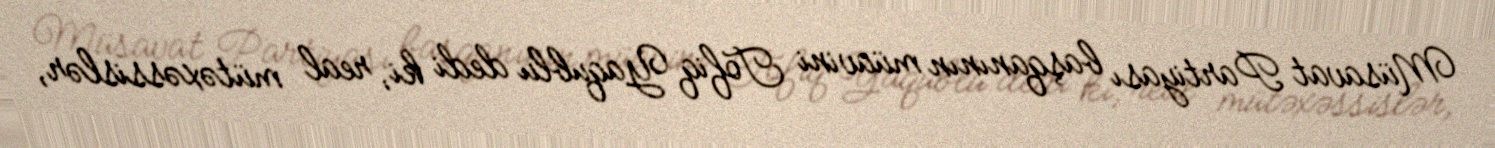
Müsavat Partiyası başqanının müavini Tofiq Yaqublu dedi ki, real mütəxəssislər,